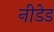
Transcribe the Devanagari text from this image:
नीडेड